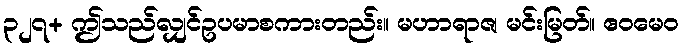
၃၂၇+ ဤသည်လျှင်ဥပမာစကားတည်း။ မဟာရာဇ၊ မင်းမြတ်။ ဧဝမေဝ